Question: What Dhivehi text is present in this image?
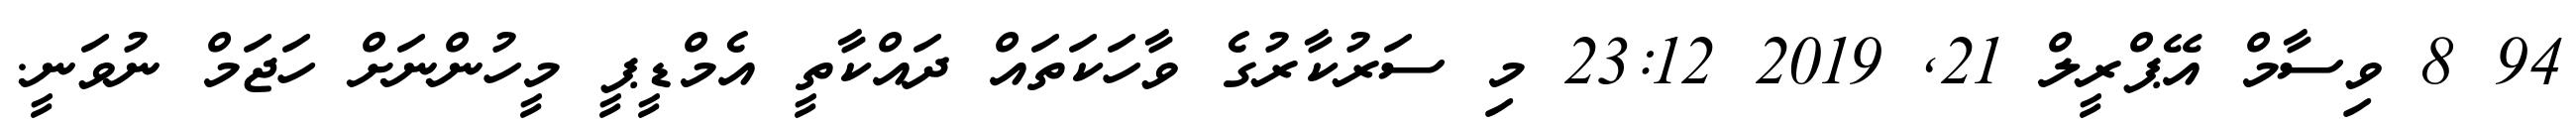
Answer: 94 8 ވިސާމް އޭޕްރީލް 21, 2019 23:12 މި ސަރުކާރުގެ ވާހަކަތައް ދައްކާތީ އެމްޑީޕީ މީހުންނަށް ހަޖަމް ނުވަނީ.